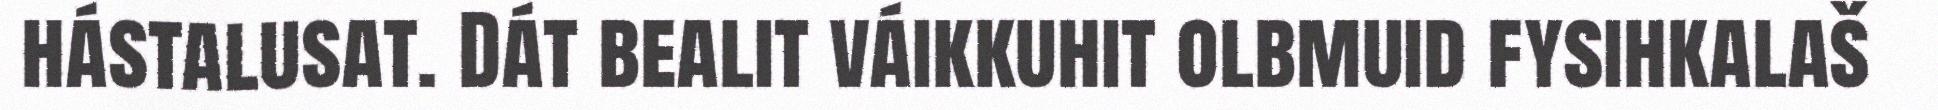
hástalusat. Dát bealit váikkuhit olbmuid fysihkalaš